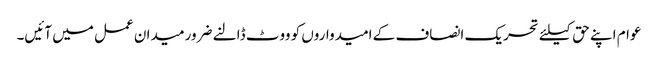
عوام اپنے حق کیلئے تحریک انصاف کے امیدواروں کو ووٹ ڈالنے ضرور میدان عمل میں آئیں۔